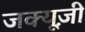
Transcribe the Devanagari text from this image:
जक्यूज़ी